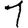
Digit: 1